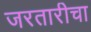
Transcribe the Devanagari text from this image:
जरतारीचा